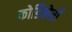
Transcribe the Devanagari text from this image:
कोर्डिलेर्रा